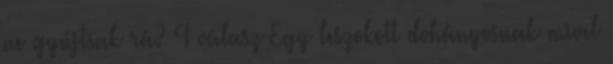
ne gyújtsak rá? 4 válasz Egy leszokott dohányosnak mivel